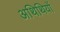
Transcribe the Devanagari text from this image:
अथिथियों